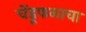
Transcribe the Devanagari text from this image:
चेंडूफळाचा